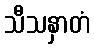
သီသနှာတံ